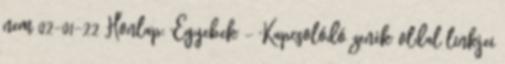
nem 02-01-22 Honlap: 'Egyebek' - 'Kapcsolódó zenék' oldal linkjei